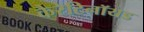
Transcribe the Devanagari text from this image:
कैरेटिनॉयड